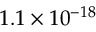
1 . 1 \times 1 0 ^ { - 1 8 }